Proceedings of the meeting of veterinary officers in India
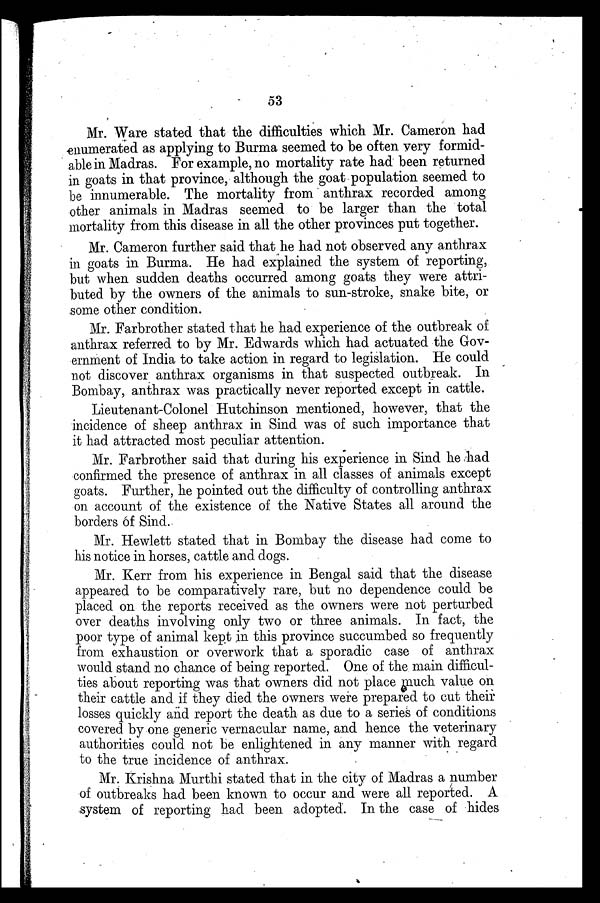
53
Mr. Ware stated that the difficulties which Mr. Cameron had
enumerated as applying to Burma seemed to be often very formid-
able in Madras. For example, no mortality rate had been returned
in goats in that province, although the goat population seemed to
be innumerable. The mortality from anthrax recorded among
other animals in Madras seemed to be larger than the total
mortality from this disease in all the other provinces put together.
Mr. Cameron further said that he had not observed any anthrax
in goats in Burma. He had explained the system of reporting,
but when sudden deaths occurred among goats they were attri-
buted by the owners of the animals to sun-stroke, snake bite, or
some other condition.
Mr. Farbrother stated that he had experience of the outbreak of
anthrax referred to by Mr. Edwards which had actuated the Gov-
ernment of India to take action in regard to legislation. He could
not discover anthrax organisms in that suspected outbreak. In
Bombay, anthrax was practically never reported except in cattle.
Lieutenant-Colonel Hutchinson mentioned, however, that the
incidence of sheep anthrax in Sind was of such importance that
it had attracted most peculiar attention.
Mr. Farbrother said that during his experience in Sind he had
confirmed the presence of anthrax in all classes of animals except
goats. Further, he pointed out the difficulty of controlling anthrax
on account of the existence of the Native States all around the
borders of Sind.
Mr. Hewlett stated that in Bombay the disease had come to
his notice in horses, cattle and dogs.
Mr. Kerr from his experience in Bengal said that the disease
appeared to be comparatively rare, but no dependence could be
placed on the reports received as the owners were not perturbed
over deaths involving only two or three animals. In fact, the
poor type of animal kept in this province succumbed so frequently
from exhaustion or overwork that a sporadic case of anthrax
would stand no chance of being reported. One of the main difficul-
ties about reporting was that owners did not place much value on
their cattle and if they died the owners were prepared to cut their
losses quickly and report the death as due to a series of conditions
covered by one generic vernacular name, and hence the veterinary
authorities could not be enlightened in any manner with regard
to the true incidence of anthrax.
Mr. Krishna Murthi stated that in the city of Madras a number
of outbreaks had been known to occur and were all reported. A
system of reporting had been adopted. In the case of hides